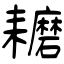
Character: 耱